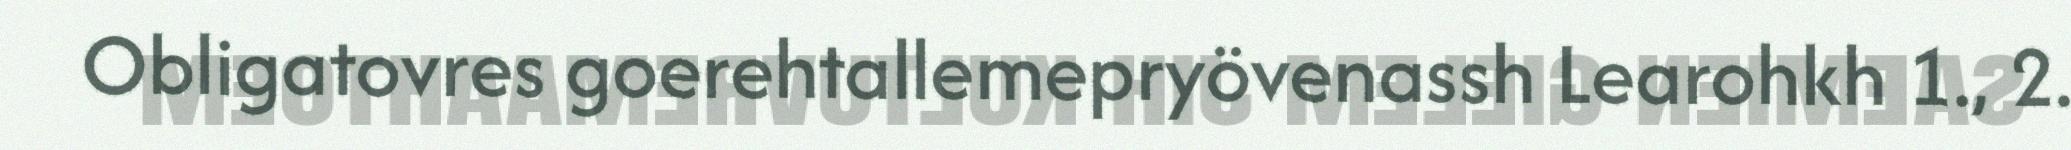
Obligatovres goerehtallemepryövenassh Learohkh 1., 2.